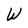
Character: W